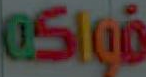
فواكه